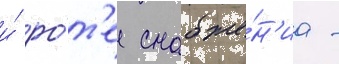
и́ ро́т'е снабже́н'иа -